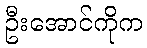
ဦးအောင်ကိုက